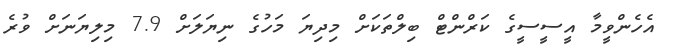
އެހެންވީމާ އީސީސީގެ ކަރްންޓް ބިލްތަކަށް މިދިޔަ މަހުގެ ނިޔަލަށް 7.9 މިލިޔަނަށް ވުރެ